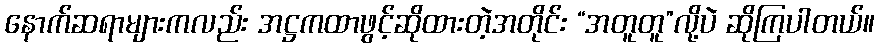
နောက်ဆရာများကလည်း အဋ္ဌကထာဖွင့်ဆိုထားတဲ့အတိုင်း “အတူတူ”လို့ပဲ ဆိုကြပါတယ်။